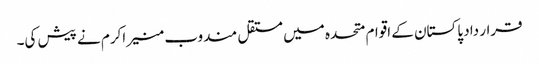
قرار داد پاکستان کے اقوام متحدہ میں مستقل مندوب منیر اکرم نے پیش کی۔